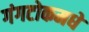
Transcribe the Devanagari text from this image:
गंगटोकमधे